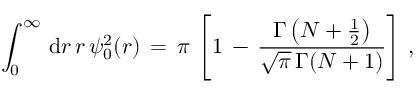
\begin{array} { l } { \displaystyle \int _ { 0 } ^ { \infty } \, \mathrm { d } r \, r \, \psi _ { 0 } ^ { 2 } ( \boldsymbol { r } ) \, = \, \pi \, \left[ 1 \, - \, \frac { \Gamma \left( N + \frac 1 2 \right) } { \sqrt \pi \, \Gamma ( N + 1 ) } \right] \, , } \end{array}